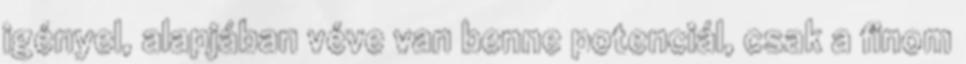
igényel, alapjában véve van benne potenciál, csak a finom